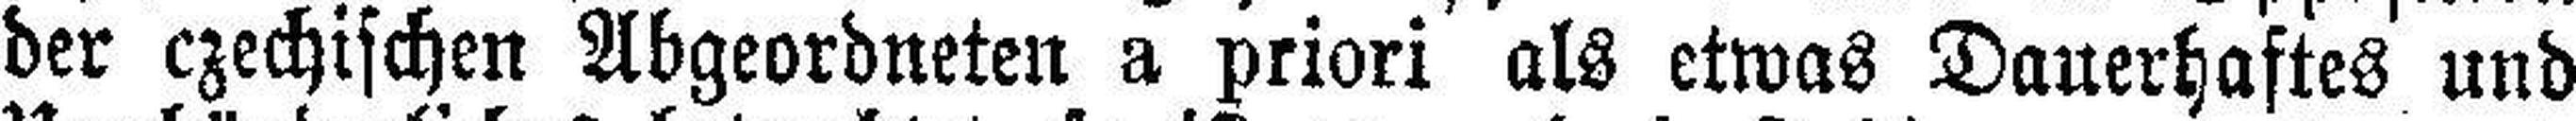
der czechischen Abgeordneten a priori als etwas Dauerhaftes und